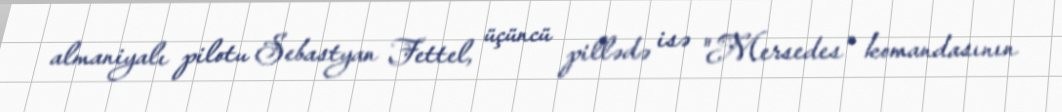
almaniyalı pilotu Sebastyan Fettel, üçüncü pillədə isə "Mersedes" komandasının